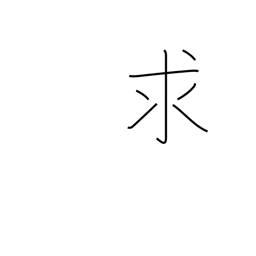
Meaning: want